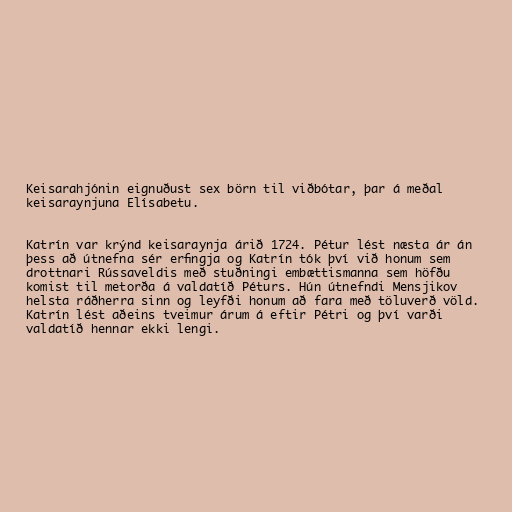
Keisarahjónin eignuðust sex börn til viðbótar, þar á meðal
keisaraynjuna Elísabetu.

Katrín var krýnd keisaraynja árið 1724. Pétur lést næsta ár án
þess að útnefna sér erfingja og Katrín tók því við honum sem
drottnari Rússaveldis með stuðningi embættismanna sem höfðu
komist til metorða á valdatíð Péturs. Hún útnefndi Mensjikov
helsta ráðherra sinn og leyfði honum að fara með töluverð völd.
Katrín lést aðeins tveimur árum á eftir Pétri og því varði
valdatíð hennar ekki lengi.